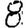
Digit: 8